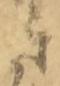
郎